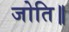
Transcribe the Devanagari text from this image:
जोति॥